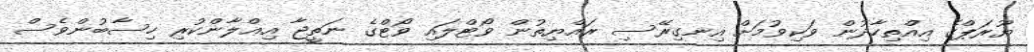
ޔޫރަޕްގެ އިއްތިހާދުން ވަކިވުމަށް އިނގިރޭސި ރައްޔިތުން ވޯޓްލައި ވޯޓްގެ ނަތީޖާ އިޢްލާންކުރި ހިސާބުންވެސް